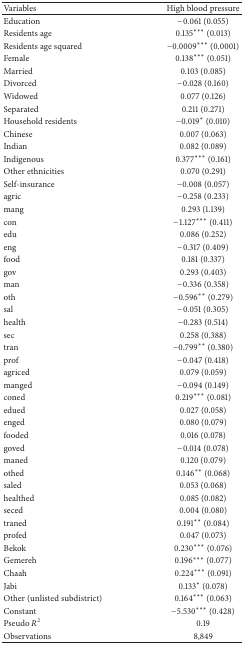
<table><thead><tr><td><b>Variables</b></td><td><b>High blood pressure </b></td></tr></thead><tbody><tr><td>Education</td><td>−0.061 (0.055)</td></tr><tr><td>Residents age</td><td>0.135<sup>***</sup> (0.013)</td></tr><tr><td>Residents age squared</td><td>−0.0009<sup>***</sup> (0.0001)</td></tr><tr><td>Female</td><td>0.138<sup>***</sup> (0.051)</td></tr><tr><td>Married</td><td>0.103 (0.085)</td></tr><tr><td>Divorced</td><td>−0.028 (0.160)</td></tr><tr><td>Widowed</td><td>0.077 (0.126) </td></tr><tr><td>Separated</td><td>0.211 (0.271)</td></tr><tr><td>Household residents</td><td>−0.019<sup>*</sup> (0.010)</td></tr><tr><td>Chinese</td><td>0.007 (0.063)</td></tr><tr><td>Indian</td><td>0.082 (0.089)</td></tr><tr><td>Indigenous</td><td>0.377<sup>***</sup> (0.161)</td></tr><tr><td>Other ethnicities</td><td>0.070 (0.291)</td></tr><tr><td>Self-insurance</td><td>−0.008 (0.057)</td></tr><tr><td>agric</td><td>−0.258 (0.233)</td></tr><tr><td>mang</td><td>0.293 (1.139)</td></tr><tr><td>con</td><td>−1.127<sup>***</sup> (0.411)</td></tr><tr><td>edu</td><td>0.086 (0.252)</td></tr><tr><td>eng</td><td>−0.317 (0.409)</td></tr><tr><td>food</td><td>0.181 (0.337)</td></tr><tr><td>gov</td><td>0.293 (0.403)</td></tr><tr><td>man</td><td>−0.336 (0.358)</td></tr><tr><td>oth</td><td>−0.596<sup>**</sup> (0.279)</td></tr><tr><td>sal</td><td>−0.051 (0.305)</td></tr><tr><td>health</td><td>−0.283 (0.514)</td></tr><tr><td>sec</td><td>0.258 (0.388)</td></tr><tr><td>tran</td><td>−0.799<sup>**</sup> (0.380)</td></tr><tr><td>prof</td><td>−0.047 (0.418)</td></tr><tr><td>agriced</td><td>0.079 (0.059)</td></tr><tr><td>manged</td><td>−0.094 (0.149)</td></tr><tr><td>coned</td><td>0.219<sup>***</sup> (0.081)</td></tr><tr><td>edued</td><td>0.027 (0.058)</td></tr><tr><td>enged</td><td>0.080 (0.079)</td></tr><tr><td>fooded</td><td>0.016 (0.078)</td></tr><tr><td>goved</td><td>−0.014 (0.078)</td></tr><tr><td>maned</td><td>0.120 (0.079)</td></tr><tr><td>othed</td><td>0.146<sup>**</sup> (0.068)</td></tr><tr><td>saled</td><td>0.053 (0.068)</td></tr><tr><td>healthed</td><td>0.085 (0.082)</td></tr><tr><td>seced</td><td>0.004 (0.080)</td></tr><tr><td>traned</td><td>0.191<sup>**</sup> (0.084)</td></tr><tr><td>profed</td><td>0.047 (0.073)</td></tr><tr><td>Bekok</td><td>0.230<sup>***</sup> (0.076)</td></tr><tr><td>Gemereh</td><td>0.196<sup>***</sup> (0.077)</td></tr><tr><td>Chaah</td><td>0.224<sup>***</sup> (0.091)</td></tr><tr><td>Jabi</td><td>0.133<sup>*</sup> (0.078)</td></tr><tr><td>Other (unlisted subdistrict)</td><td>0.164<sup>***</sup> (0.063)</td></tr><tr><td>Constant</td><td>−5.530<sup>***</sup> (0.428)</td></tr><tr><td>Pseudo <i>R</i><sup>2</sup></td><td>0.19</td></tr><tr><td>Observations</td><td>8,849</td></tr></tbody></table>